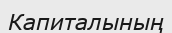
Капиталының